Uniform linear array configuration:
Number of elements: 32
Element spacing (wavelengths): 0.5
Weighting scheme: binomial
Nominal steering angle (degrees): -60
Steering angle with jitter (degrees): -60.853
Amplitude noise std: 0.05
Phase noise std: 0.05

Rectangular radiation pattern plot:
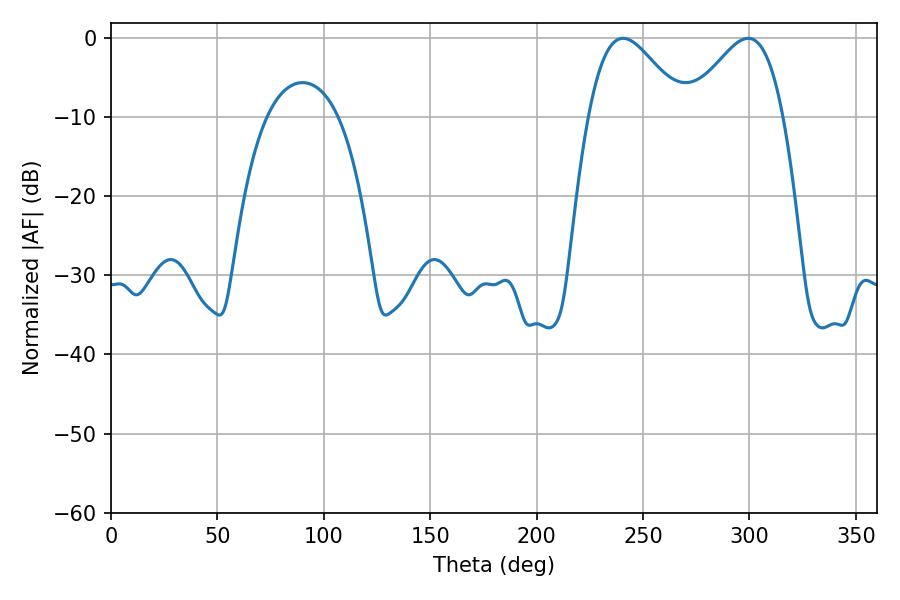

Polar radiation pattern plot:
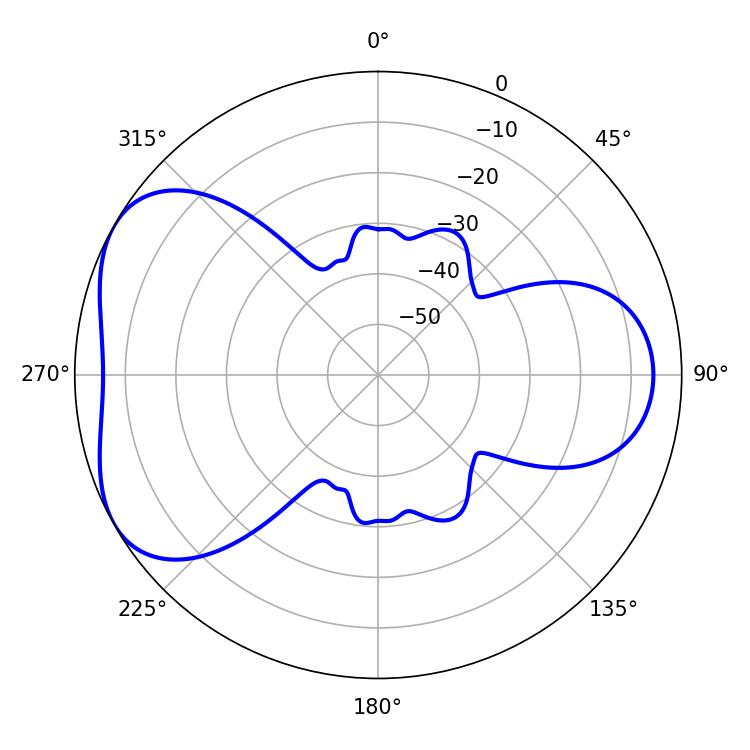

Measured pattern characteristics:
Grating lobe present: FALSE
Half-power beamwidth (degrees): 23.94
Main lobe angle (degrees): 240.66